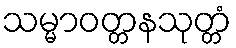
သမ္မာဝတ္တနသုတ္တံ